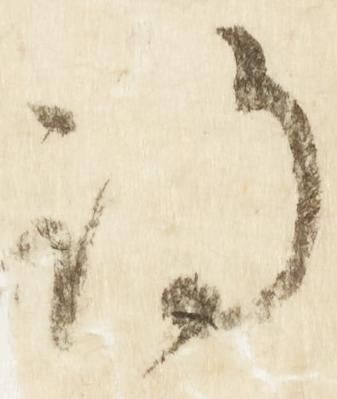
期